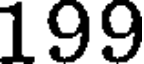
199